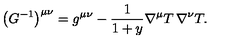
\bigl ( G ^ { - 1 } \bigr ) ^ { \mu \nu } = g ^ { \mu \nu } - \frac { 1 } { 1 + y } \nabla ^ { \mu } T \thinspace \nabla ^ { \nu } T .